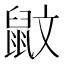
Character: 鼤